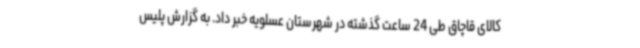
کالای قاچاق طی 24 ساعت گذشته در شهرستان عسلویه خبر داد. به گزارش پلیس